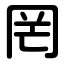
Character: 罔